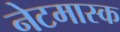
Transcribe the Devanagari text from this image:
नेटमास्क